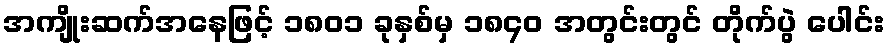
အကျိုးဆက်အနေဖြင့် ၁၈၀၁ ခုနှစ်မှ ၁၈၄၀ အတွင်းတွင် တိုက်ပွဲ ပေါင်း